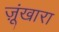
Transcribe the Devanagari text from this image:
ज़ूंखारा